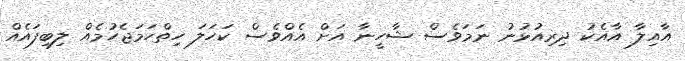
އާއިލާ އާއެކު ދިރިއުޅުނު ނަމަވެސް ޝާހީނާ އަށް އެއްވެސް ކަހަލަ ހިތްހަމަޖެހުމެއް ލިބިފައެއް